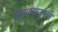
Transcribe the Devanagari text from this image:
यांच्यापासूनची